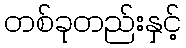
တစ်ခုတည်းနှင့်